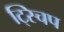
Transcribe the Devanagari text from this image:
ट्स्चिप